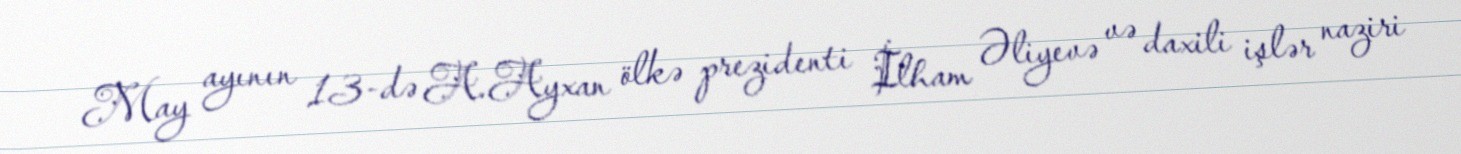
May ayının 13-də A.Ayxan ölkə prezidenti İlham Əliyevə və daxili işlər naziri